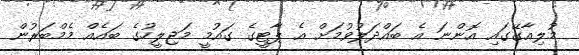
މުލިއާގޭގައި އޮންނަ އެ ބައްދަލުވުމަށް އެ ޕާޓީގެ ގައުމީ މަޖިލީހުގެ ބައެއް މެމްބަރުން